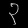
Digit: ၃